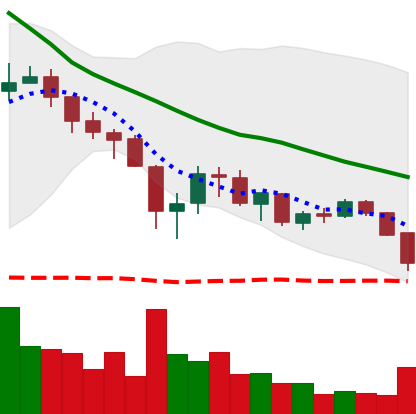
Ticker: XRP-USD
Chart end date: 2018-05-23
Forward return: -7.888%
Label: down_7plus